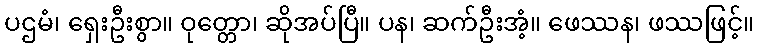
ပဌမံ၊ ရှေးဦးစွာ။ ဝုတ္တော၊ ဆိုအပ်ပြီ။ ပန၊ ဆက်ဦးအံ့။ ဖေဿန၊ ဖဿဖြင့်။